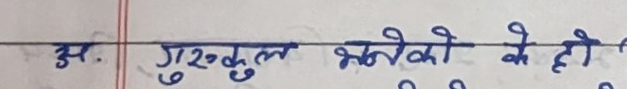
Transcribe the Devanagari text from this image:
अ. गुरुकुल भनेको के हो?